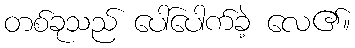
တစ်ခုသည် ပေါ်ပေါက်ခဲ့ လေ၏။